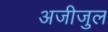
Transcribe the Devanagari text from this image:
अजीजुल